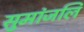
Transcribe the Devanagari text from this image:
सुमांजलि